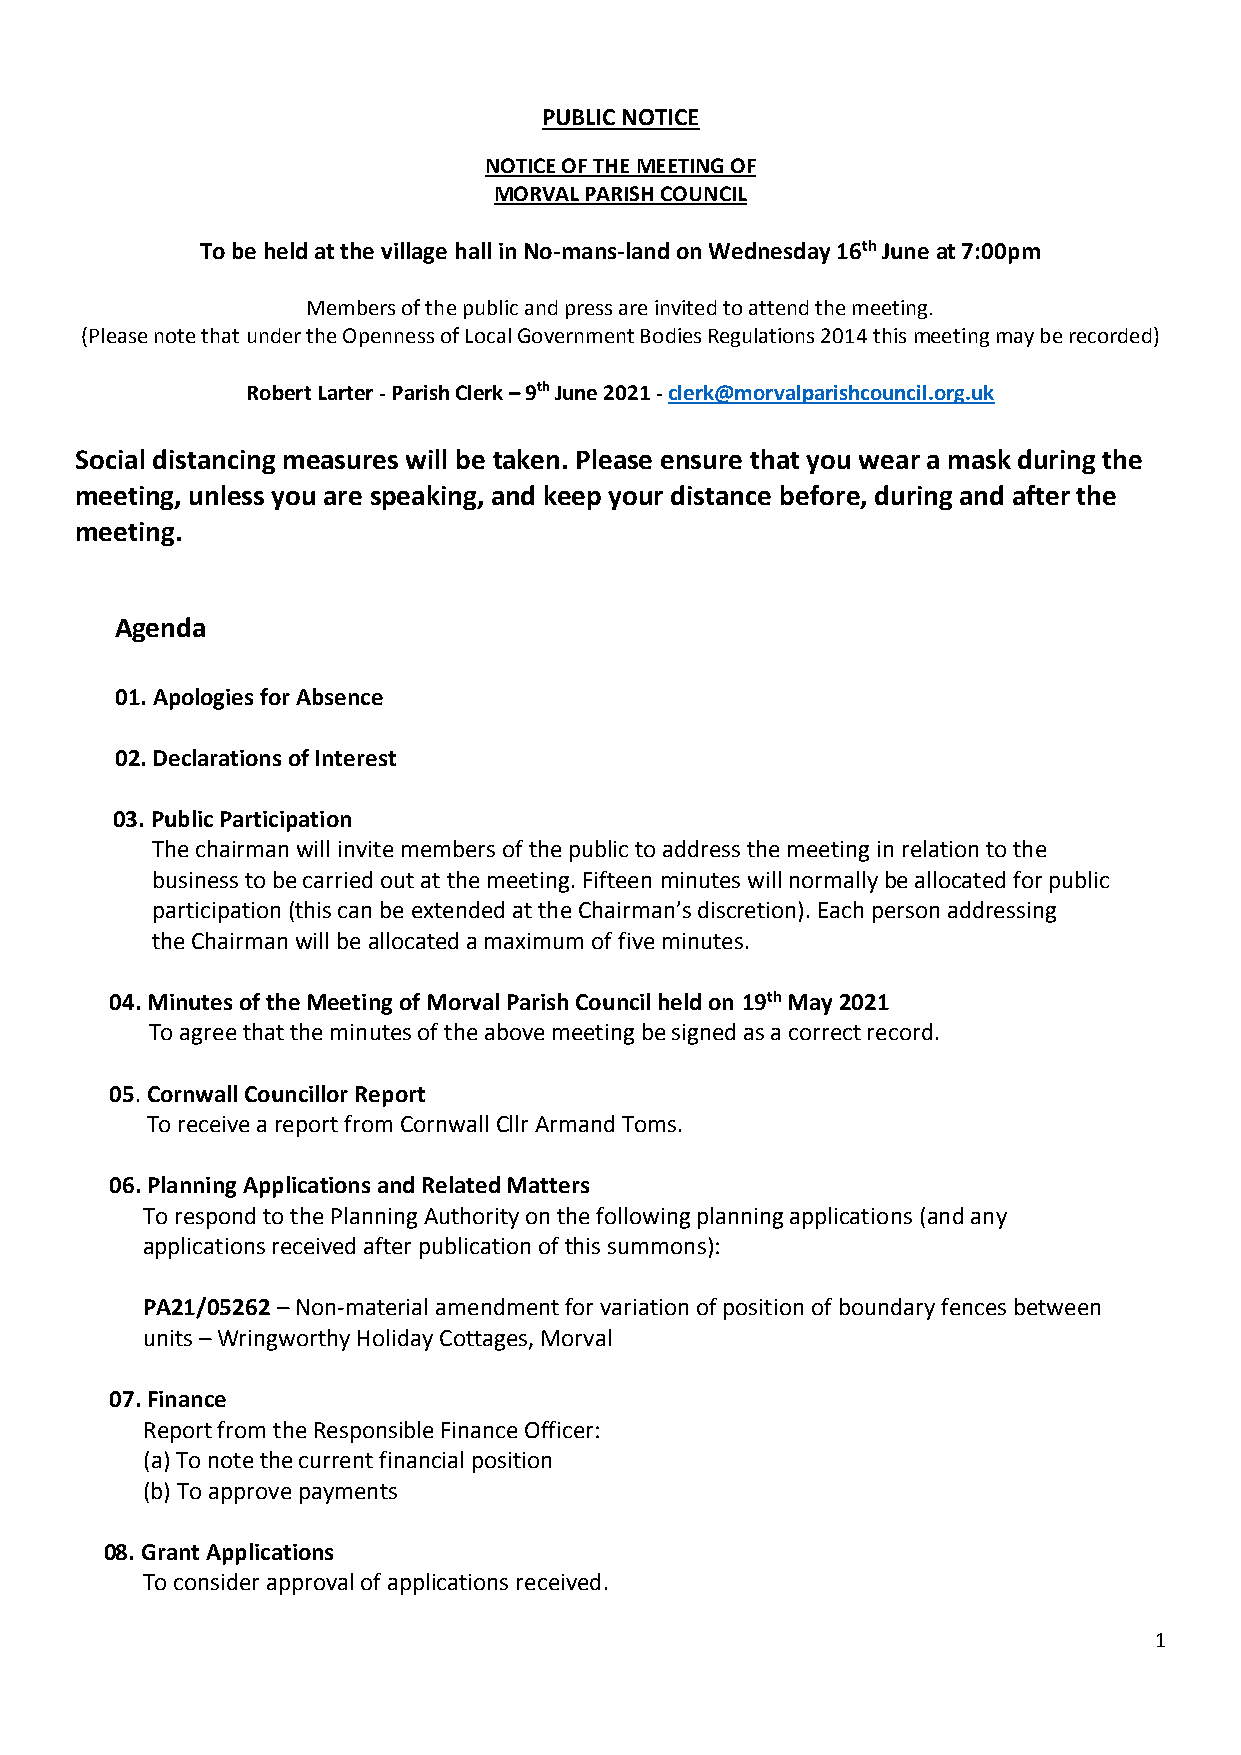
PUBLIC NOTICE
 NOTICE OF THE MEETING OF
 MORVAL PARISH COUNCIL
 To be held at the village hall in No-mans-land on Wednesday 16th June at 7:00pm
 Members of the public and press are invited to attend the meeting.
 (Please note that under the Openness of Local Government Bodies Regulations 2014 this meeting may be recorded)
 Robert Larter - Parish Clerk – 9th June 2021 - clerk@morvalparishcouncil.org.uk
 Social distancing measures will be taken. Please ensure that you wear a mask during the
 meeting, unless you are speaking, and keep your distance before, during and after the
 meeting.
 Agenda
 01. Apologies for Absence
 02. Declarations of Interest
 03. Public Participation
 The chairman will invite members of the public to address the meeting in relation to the
 business to be carried out at the meeting. Fifteen minutes will normally be allocated for public
 participation (this can be extended at the Chairman’s discretion). Each person addressing
 the Chairman will be allocated a maximum of five minutes.
 04. Minutes of the Meeting of Morval Parish Council held on 19th May 2021
 To agree that the minutes of the above meeting be signed as a correct record.
 05. Cornwall Councillor Report
 To receive a report from Cornwall Cllr Armand Toms.
 06. Planning Applications and Related Matters
 To respond to the Planning Authority on the following planning applications (and any
 applications received after publication of this summons):
 PA21/05262 – Non-material amendment for variation of position of boundary fences between
 units – Wringworthy Holiday Cottages, Morval
 07. Finance
 Report from the Responsible Finance Officer:
 (a) To note the current financial position
 (b) To approve payments
 08. Grant Applications
 To consider approval of applications received.
 1